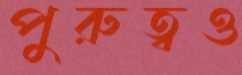
পুরুত্বও